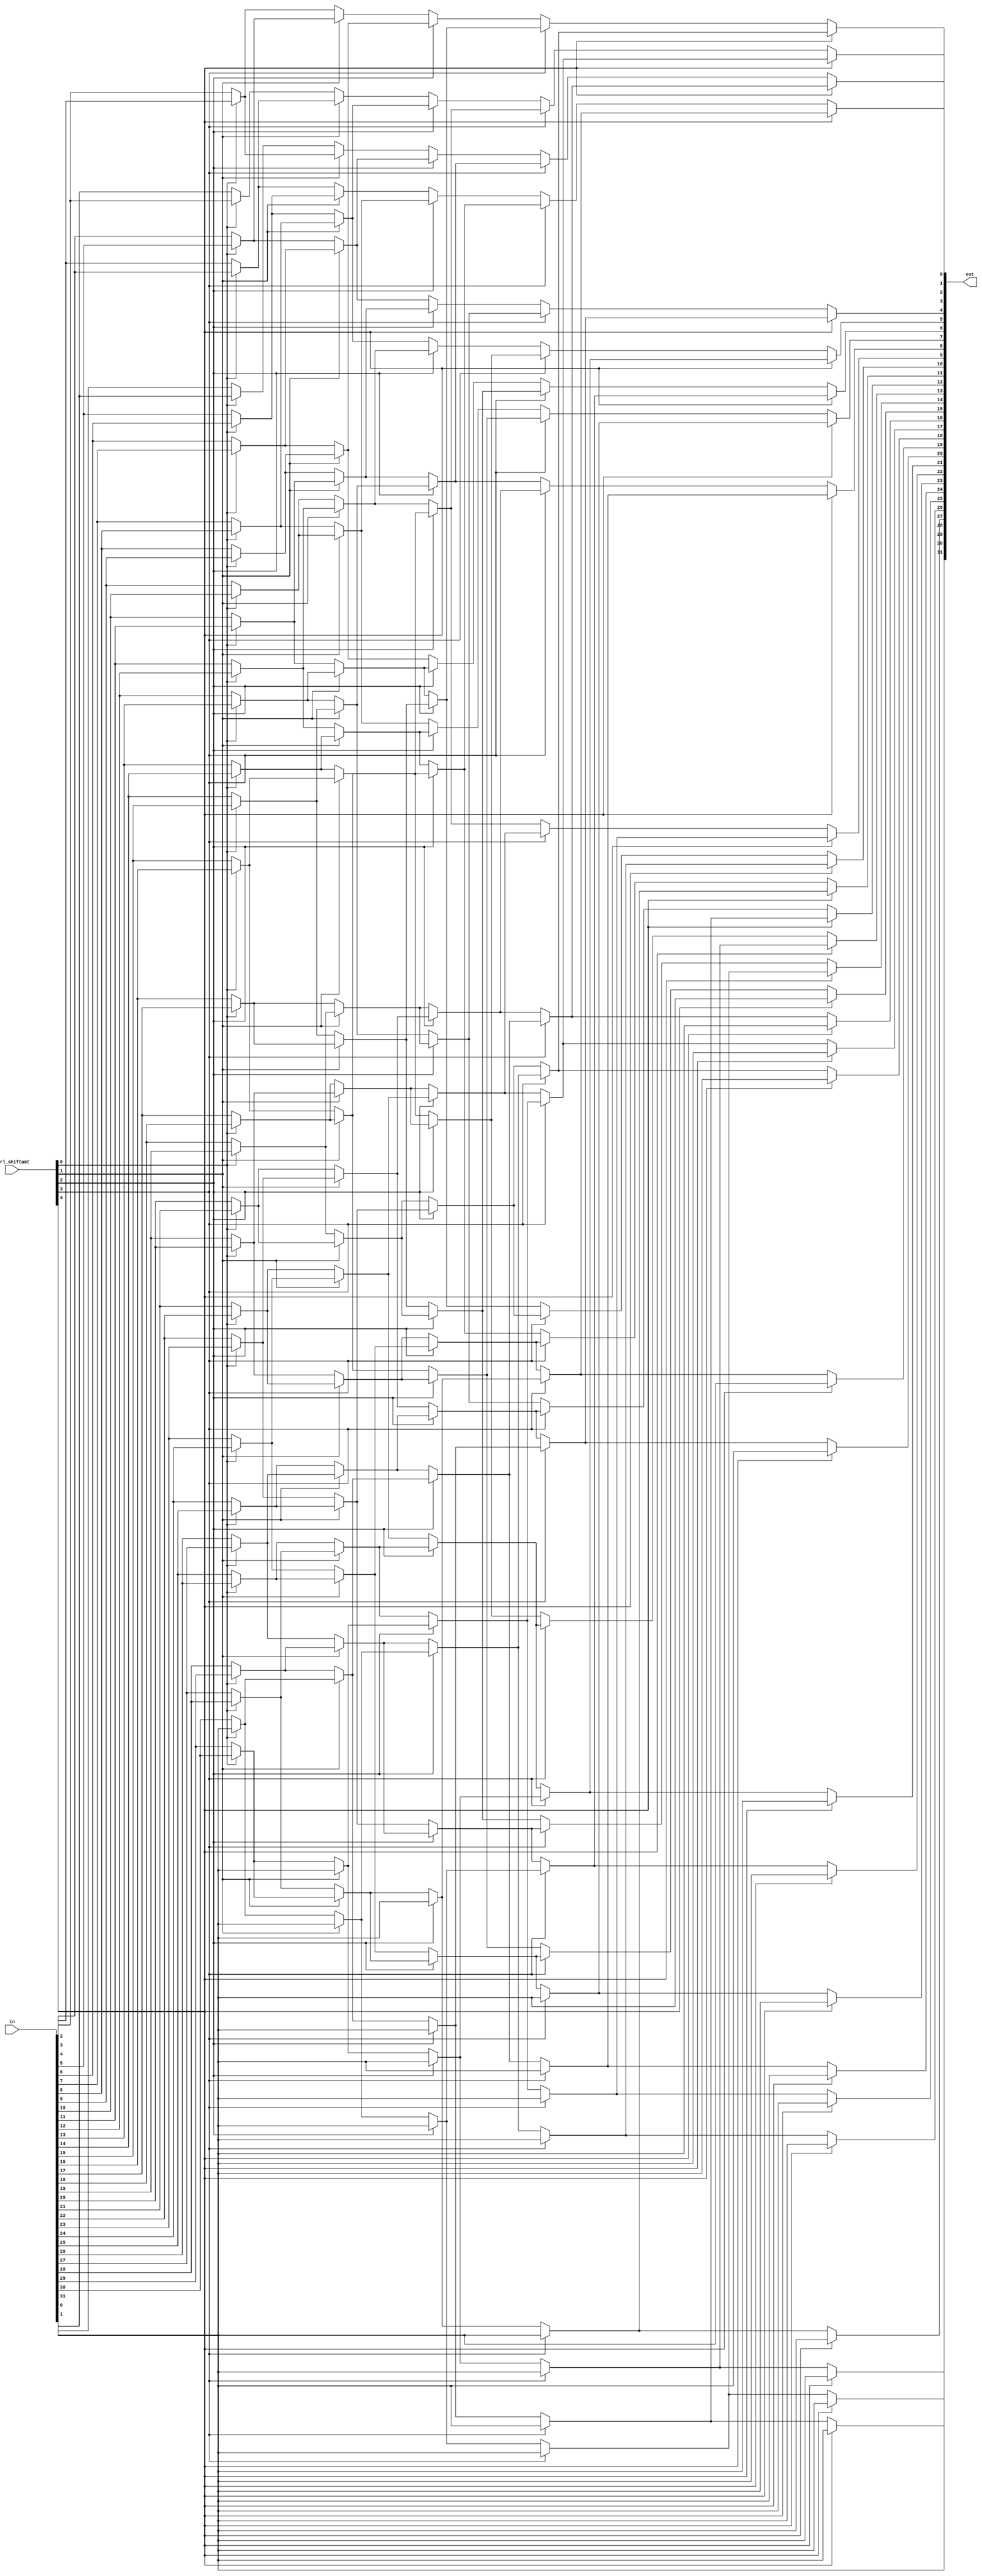
module barrel_arithmetic_right_shift(out, in, ctrl_shiftamt);
	input [31:0] in;
	input [4:0] ctrl_shiftamt;
	output [31:0] out;
	
	wire [31:0] out_layer1, out_layer2, out_layer3, out_layer4;
	wire sign_bit;
	
	assign sign_bit = in[31];
	
	//  First layer, shift amount is 1
	assign out_layer1[31] = ctrl_shiftamt[0] ? sign_bit : in[31];
	genvar i;
	generate
		for (i = 0; i < 31; i = i + 1) begin: mux_first_layer
			assign out_layer1[i] = ctrl_shiftamt[0] ? in[i + 1] : in[i];
		end
	endgenerate
	
	//  Second layer, shift amount is 2
	assign out_layer2[31] = ctrl_shiftamt[1] ? sign_bit : out_layer1[31];
	assign out_layer2[30] = ctrl_shiftamt[1] ? sign_bit : out_layer1[30];
	genvar j;
	generate
		for (j = 0; j < 30; j = j + 1) begin: mux_second_layer
			assign out_layer2[j] = ctrl_shiftamt[1] ? out_layer1[j + 2] : out_layer1[j];
		end
	endgenerate
	
	//  Third layer, shift amount is 4
	assign out_layer3[31] = ctrl_shiftamt[2] ? sign_bit : out_layer2[31];
	assign out_layer3[30] = ctrl_shiftamt[2] ? sign_bit : out_layer2[30];
	assign out_layer3[29] = ctrl_shiftamt[2] ? sign_bit : out_layer2[29];
	assign out_layer3[28] = ctrl_shiftamt[2] ? sign_bit : out_layer2[28];
	genvar k;
	generate
		for (k = 0; k < 28; k = k + 1) begin: mux_third_layer
			assign out_layer3[k] = ctrl_shiftamt[2] ? out_layer2[k + 4] : out_layer2[k];
		end
	endgenerate
	
	//  Fourth layer, shift amount is 8
	genvar l0;
	generate
		for (l0 = 24; l0 < 32; l0 = l0 + 1) begin: mux_fourth_layer_0
			assign out_layer4[l0] = ctrl_shiftamt[3] ? sign_bit : out_layer3[l0];
		end
	endgenerate
	genvar l1;
	generate
		for (l1 = 0; l1 < 24; l1 = l1 + 1) begin: mux_fourth_layer_1
			assign out_layer4[l1] = ctrl_shiftamt[3] ? out_layer3[l1 + 8] : out_layer3[l1];
		end
	endgenerate
	
	//  Fifth layer, shift amount is 16
	genvar m0;
	generate
		for (m0 = 16; m0 < 32; m0 = m0 + 1) begin: mux_fifth_layer_0
			assign out[m0] = ctrl_shiftamt[4] ? sign_bit : out_layer4[m0];
		end
	endgenerate
	genvar m1;
	generate
		for (m1 = 0; m1 < 16; m1 = m1 + 1) begin: mux_fifth_layer_1
			assign out[m1] = ctrl_shiftamt[4] ? out_layer4[m1 + 16] : out_layer4[m1];
		end
	endgenerate
endmodule